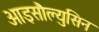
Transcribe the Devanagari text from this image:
आइसौल्युसिन